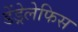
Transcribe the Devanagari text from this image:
डेंड्रेलेफिस